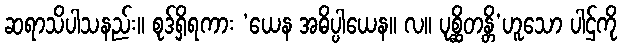
ဆရာသိပါသနည်း။ စုဒ်ရှိရကား ‘ယေန အဓိပ္ပါယေန။ လ။ ပုစ္ဆိတန္တိ’ဟူသော ပါဌ်ကို